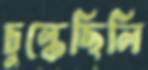
চুল্‌কেছিলি